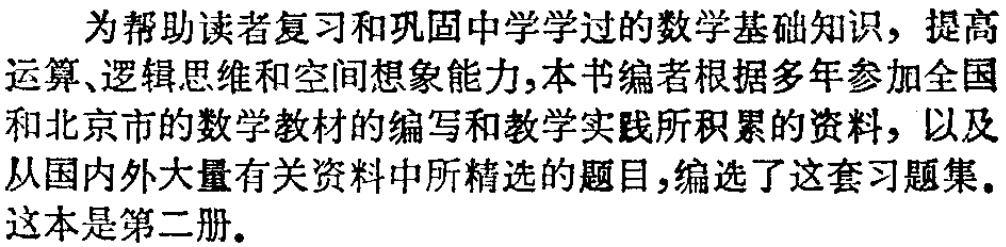
为帮助读者复习和巩固中学学过的数学基础知识，提高运算、逻辑思维和空间想象能力,本书编者根据多年参加全国和北京市的数学教材的编写和教学实践所积累的资料，以及从国内外大量有关资料中所精选的题目,编选了这套习题集。这本是第二册。